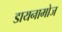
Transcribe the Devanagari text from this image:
डायनामोज